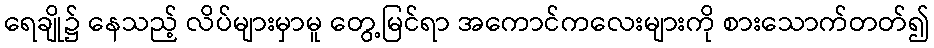
ရေချို၌ နေသည့် လိပ်များမှာမူ တွေ့မြင်ရာ အကောင်ကလေးများကို စားသောက်တတ်၍